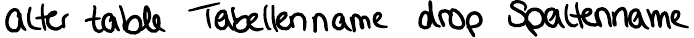
alter table Tabellenname drop Spaltenname